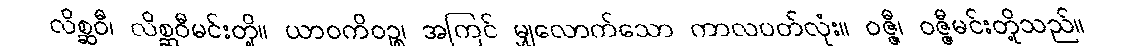
လိစ္ဆဝီ၊ လိစ္ဆဝီမင်းတို့။ ယာဝကိဝဉ္စ၊ အကြင် မျှလောက်သော ကာလပတ်လုံး။ ဝဇ္ဇီ၊ ဝဇ္ဇီမင်းတို့သည်။